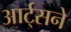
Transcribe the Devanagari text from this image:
आर्ट्‌सने